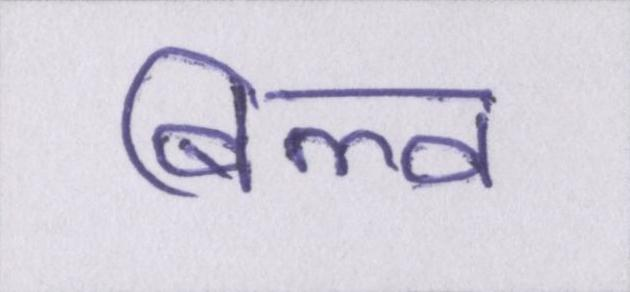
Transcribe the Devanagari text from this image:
बिल्व